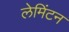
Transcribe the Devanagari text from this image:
लेमिंटन